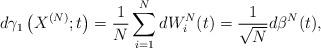
LaTeX: \begin{align*}d\gamma_1\left(X^{(N)};t\right)=\frac{1}{N}\sum_{i=1}^{N}dW^N_i(t)=\frac{1}{\sqrt{N}}d\beta^N(t),\end{align*}